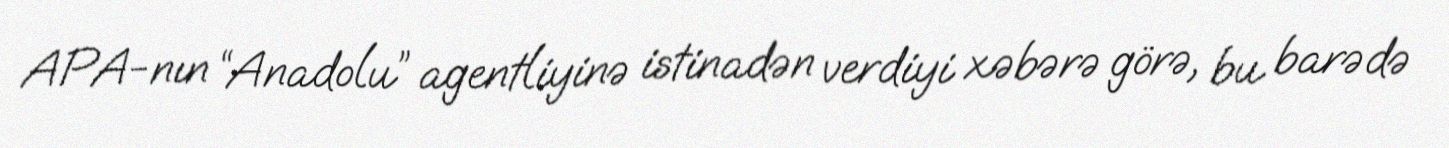
APA-nın “Anadolu” agentliyinə istinadən verdiyi xəbərə görə, bu barədə